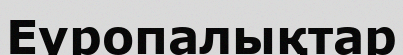
Еуропалықтар